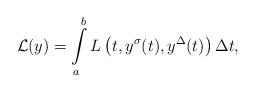
LaTeX: \begin{align*}\mathcal{L}(y)=\int\limits_{a}^{b}L\left(t,y^{\sigma}(t),y^{\Delta}(t)\right)\Delta t,\end{align*}